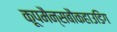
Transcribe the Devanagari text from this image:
कूपमैन्सबौकहाउडिंग